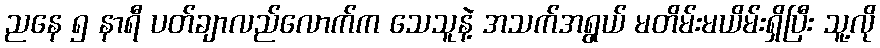
ညနေ ၅ နာရီ ပတ်ချာလည်လောက်က သေသူနဲ့ အသက်အရွယ် မတိမ်းမယိမ်းရှိပြီး သူ့လို